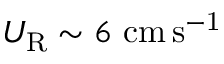
U _ { \mathrm { R } } \sim 6 ~ \mathrm { c m \, s ^ { - 1 } }